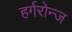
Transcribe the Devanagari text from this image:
हर्गरोन्ज